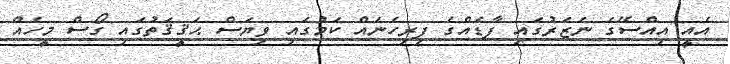
އެއީ އިއްސޭގެ ނަޒަރުގައި ފާޑެއްގެ ފިރިހެނެއް ކަމުގައި ވިޔަސް ޙަޤީޤަތުގައި ގޯސް މީހެއް